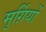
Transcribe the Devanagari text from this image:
मुर्ग़ियों